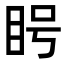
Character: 𪾥